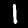
Digit: 1